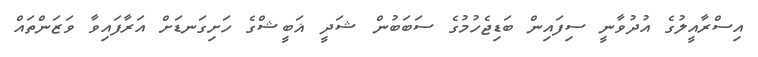
އިސްރާއީލުގެ އުދުވާނީ ސިފައިން ބަޑިޖެހުމުގެ ސަބަބުން ޝަދީ ޣަބީޝްގެ ހަށިގަނޑަށް އަރާފައިވާ ވަޒަންތައް